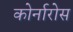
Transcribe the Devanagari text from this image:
कोर्नारोस